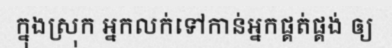
ក្នុងស្រុក អ្នកលក់ទៅកាន់អ្នកផ្គត់ផ្គង់ ឲ្យ